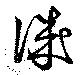
誠